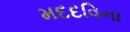
મદદવિના